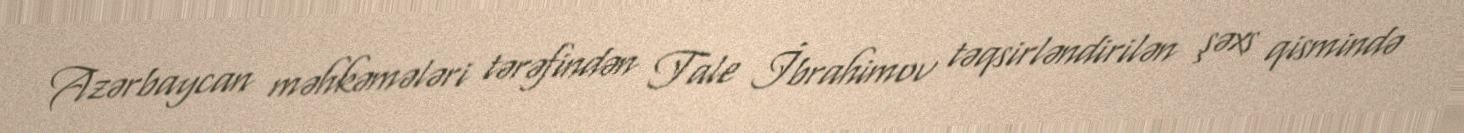
Azərbaycan məhkəmələri tərəfindən Tale İbrahimov təqsirləndirilən şəxs qismində